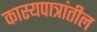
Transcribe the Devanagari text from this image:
कास्यपात्रांतील